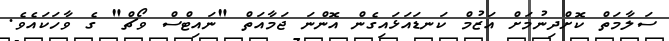
ސަލާމަތް ކޮށްދިނުމަށް އަޒުމް ކަނޑައަޅައިގެން އޮންނަ ޖަމާއަތް "ނައިޓްސް ވޯޗް" ގެ ވާހަކައެވެ.